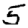
Digit: 5